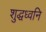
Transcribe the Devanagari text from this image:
शुद्धध्वनि